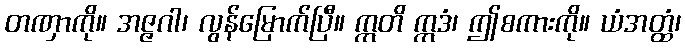
တဏှာကို။ အဇ္ဇဂါ၊ လွန်မြောက်ပြီ။ ဣတိ ဣဒံ၊ ဤစကားကို။ ယံအတ္ထံ၊